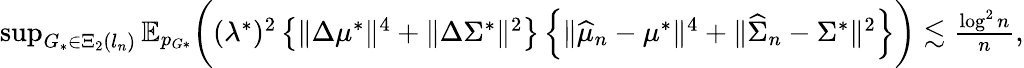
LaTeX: \begin{array}{r}{\operatorname*{sup}_{G_{*}\in\Xi_{2}(l_{n})}\mathbb{E}_{p_{G*}}\biggr((\lambda^{*})^{2}\left\{ \| \Delta\mu^{*}\| ^{4}+\| \Delta\Sigma^{*}\| ^{2}\right\} \left\{ \| \widehat{\mu}_{n}-\mu^{*}\| ^{4}+\| \widehat{\Sigma}_{n}-\Sigma^{*}\| ^{2}\right\} \biggr)\lesssim\frac{\log^{2}n}{n},}\end{array}